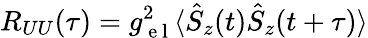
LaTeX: R_{UU}(\tau)=g_{\mathrm{~e~l~}}^{2}\langle\hat{S}_{z}(t)\hat{S}_{z}(t+\tau)\rangle